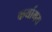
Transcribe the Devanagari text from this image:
कर्यामय